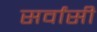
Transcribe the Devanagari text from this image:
सर्वांसी